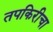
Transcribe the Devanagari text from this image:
तपकिरीचा